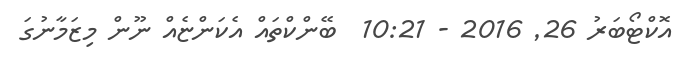
އޮކްޓޯބަރު 26